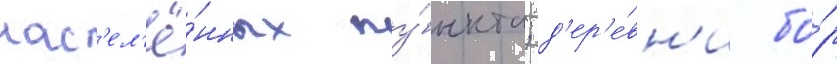
нас'ел'ё́нных пу́нкта; д'ер'е́вн'и бо́р